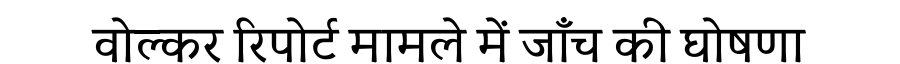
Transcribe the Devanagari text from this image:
वोल्कर रिपोर्ट मामले में जाँच की घोषणा